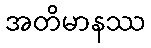
အတိမာနဿ